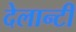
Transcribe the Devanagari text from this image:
देलान्टी